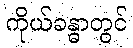
ကိုယ်ခန္ဓာတွင်